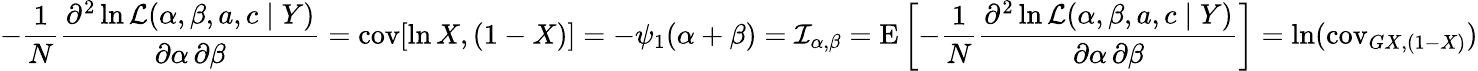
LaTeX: -{\frac{1}{N}}{\frac{\partial^{2}\ln{\mathcal{L}}(\alpha,\beta,a,c\mid Y)}{\partial\alpha\, \partial\beta}}=\operatorname{cov}[\ln X,(1-X)]=-\psi_{1}(\alpha+\beta)={\mathcal{I}}_{\alpha,\beta}=\operatorname{E}\left[-{\frac{1}{N}}{\frac{\partial^{2}\ln{\mathcal{L}}(\alpha,\beta,a,c\mid Y)}{\partial\alpha\, \partial\beta}}\right]=\ln(\operatorname{cov}_{G{X,(1-X)}})